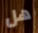
هل